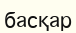
басқар